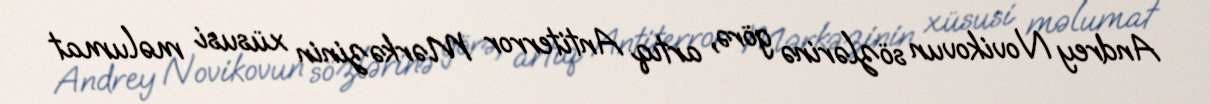
Andrey Novikovun sözlərinə görə, artıq Antiterror Mərkəzinin xüsusi məlumat